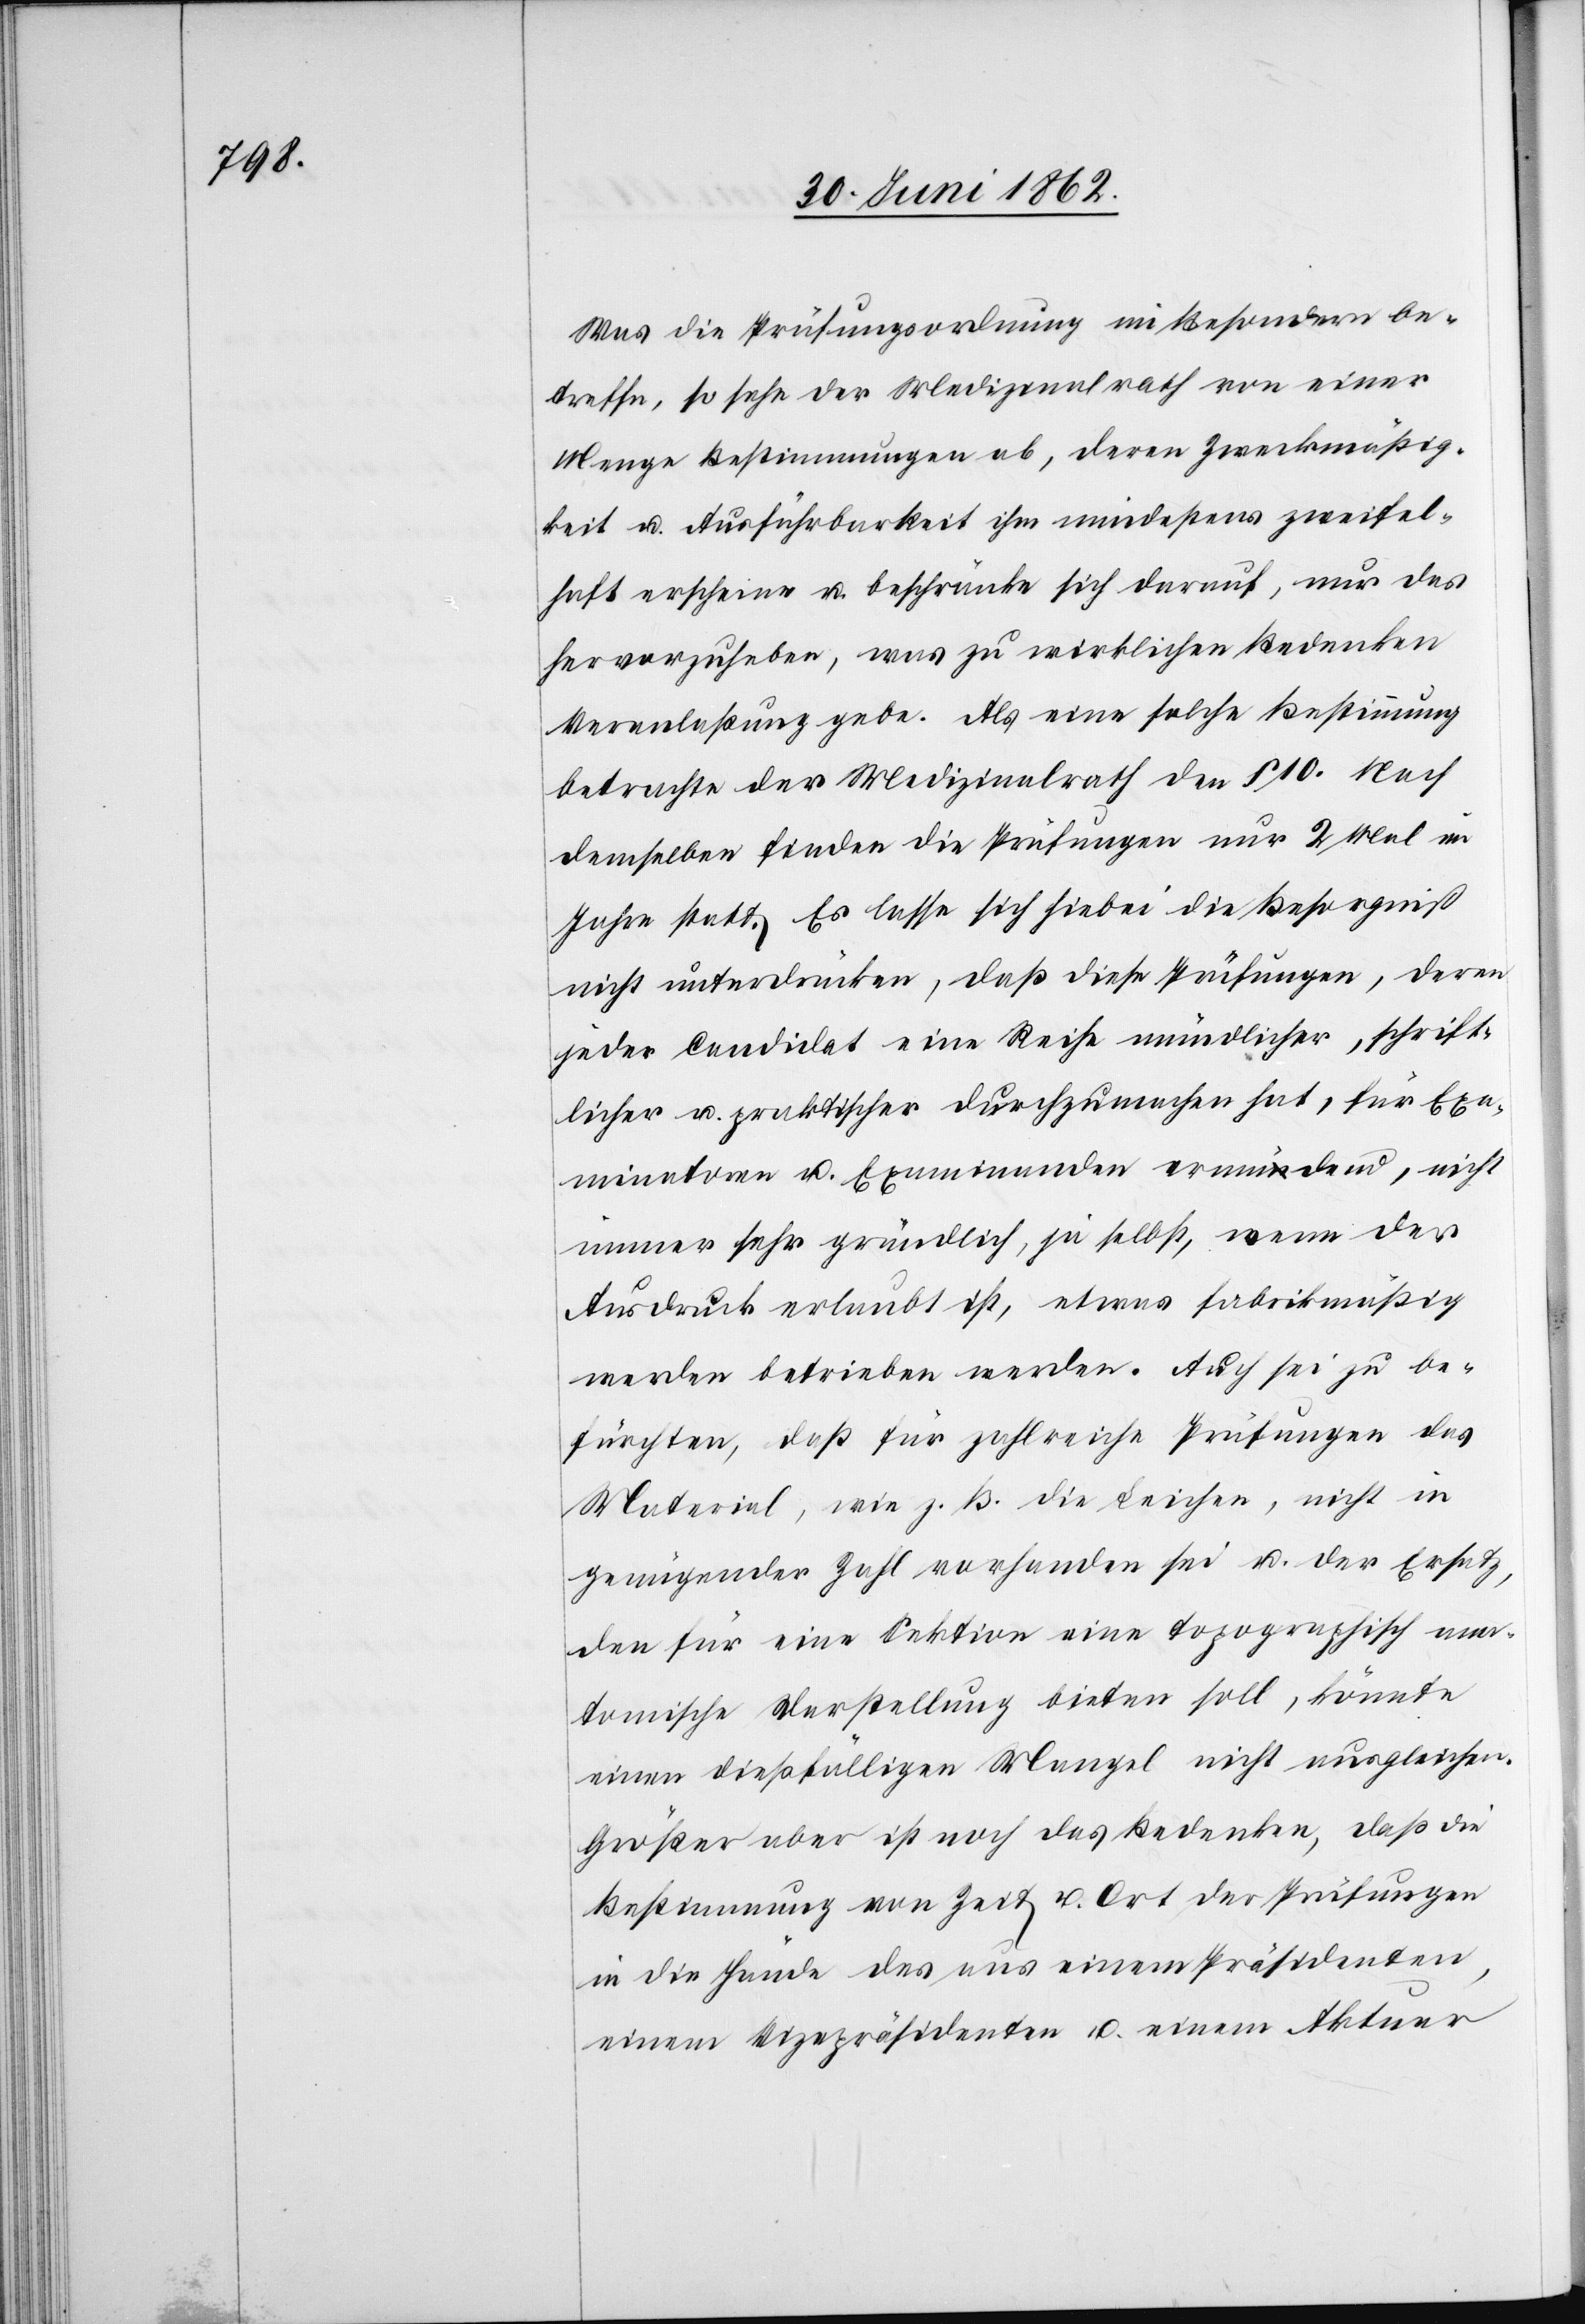
Was die Prüfungsordnung im Besondern be¬
treffe, so sehe der Medizinalrath von einer
Menge Bestimmungen ab, deren Zweckmäßig¬
keit u. Ausführbarkeit ihm mindestens zweifel¬
haft erscheine u. beschränke sich darauf, nur das
hervorzuheben, was zu wirklichen Bedenken
Veranlaßung gebe. Als eine solche Bestimmung
betrachte der Medizinalrath den § 10. Nach
demselben finden die Prüfungen nur 2 Mal im
Jahre statt. Es lasse sich hiebei die Besorgniß
nicht unterdrücken, daß diese Prüfungen, deren
jeder Candidat eine Reihe mündlicher, schrift¬
licher u. praktischer durchzumachen hat, für Exa¬
minatoren u. Examinanden ermüdend, nicht
immer sehr gründlich, ja selbst, wenn der
Ausdruck erlaubt ist, etwas fabrikmäßig
werden betrieben werden. Auch sei zu be¬
fürchten, daß für zahlreiche Prüfungen das
Material, wie z. B. die Leichen, nicht in
genügender Zahl vorhanden sei u. der Ersatz,
den für eine Sektion eine topographisch ana¬
tomische Darstellung bieten soll, könnte
einen diesfälligen Mangel nicht ausgleichen.
Größer aber ist noch das Bedenken, daß die
Bestimmung von Zeit u. Ort der Prüfungen
in die Hände des aus einem Präsidenten,
einem Vizepräsidenten u. einem Aktuar